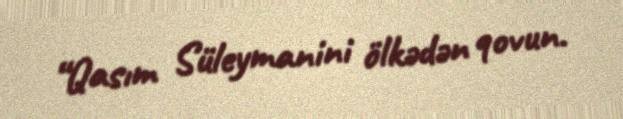
“Qasım Süleymanini ölkədən qovun.